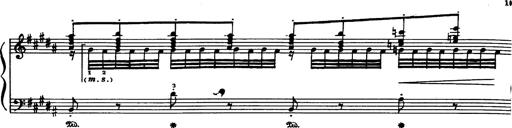
Title: Danza sacra e duetto finale dâ€™Aida
Composer: Franz Liszt